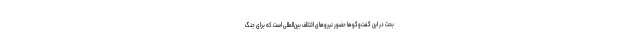
بحث در این گفت‌وگوها حضور نیروهای ائتلاف بین‌المللی است که برای جنگ